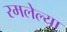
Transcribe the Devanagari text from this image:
रमलेल्या